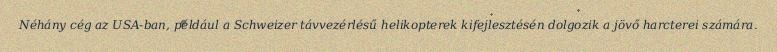
Néhány cég az USA-ban, például a Schweizer távvezérlésű helikopterek kifejlesztésén dolgozik a jövő harcterei számára.